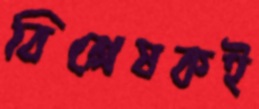
বিশ্লেষকই